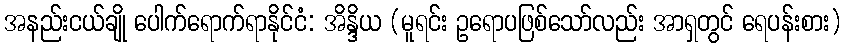
အနည်းငယ်ချို ပေါက်ရောက်ရာနိုင်ငံ: အိန္ဒိယ (မူရင်း ဥရောပဖြစ်သော်လည်း အာရှတွင် ရေပန်းစား)